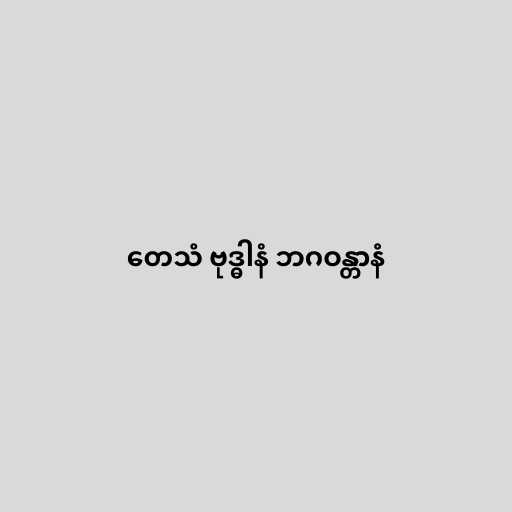
တေသံ ဗုဒ္ဓါနံ ဘဂဝန္တာနံ